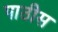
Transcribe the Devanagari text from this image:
पाठीस